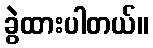
ခွဲထားပါတယ်။